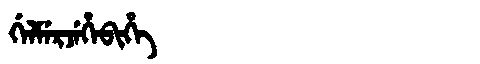
Manchu: ᡤᡝᠯᠮᡝᡵᠵᡝᡥᡝᠪᡳᡥᡝ
Romanization: GELMERJEHEBIHE